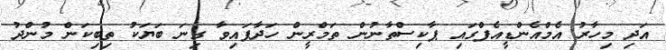
އަދި މިހާރު އެމްއެންޑީއެފްގައި ޕާކިސްތާނުން ތަމްރީން ހަދާފައިވާ ގިނަ ބަޔަކު ތިބިކަން މުންދު